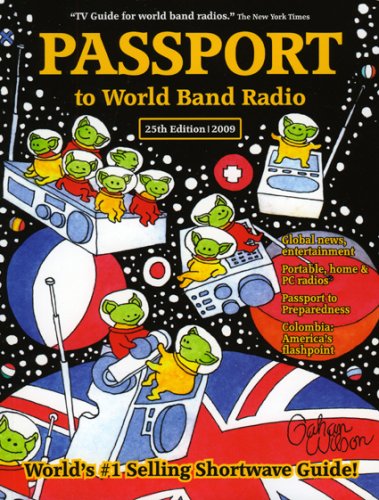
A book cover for Passport to World Band Radio; Lawrence Magne; Humor & Entertainment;